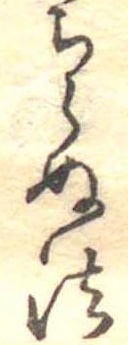
ちらぬ法